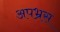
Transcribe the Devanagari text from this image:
अपभ्रस